Indian journal of veterinary science and animal husbandry - Volume 12,
Year: 1942
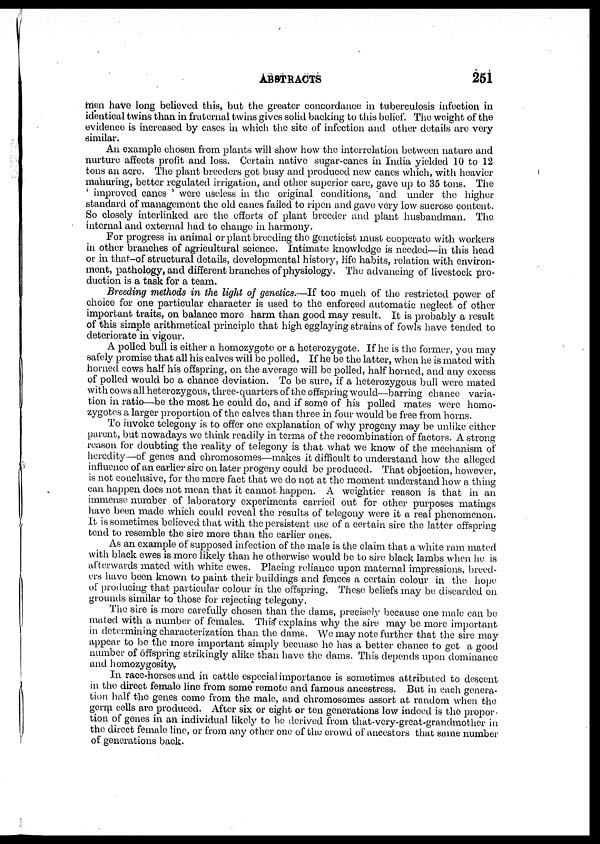
ABSTRACTS
251
men have long believed this, but the greater concordance in tuberculosis infection in
identical twins than in fraternal twins gives solid backing to this belief. The weight of the
evidence is increased by cases in which the site of infection and other details are very
similar.
An example chosen from plants will show how the interrelation between nature and
nurture affects profit and loss. Certain native sugar-canes in India yielded 10 to 12
tons an acre. The plant breeders got busy and produced new canes which, with heavier
manuring, better regulated irrigation, and other superior care, gave up to 35 tons. The
' improved canes ' were useless in the original conditions, and under the higher
standard of management the old canes failed to ripen and gave very low sucrose content.
So closely interlinked are the efforts of plant breeder and plant husbandman. The
internal and external had to change in harmony.
For progress in animal or plant breeding the geneticist must cooperate with workers
in other branches of agricultural science. Intimate knowledge is needed—in this head
or in that-of structural details, developmental history, life habits, relation with environ-
ment, pathology, and different branches of physiology. The advancing of livestock pro-
duction is a task for a team.
Breeding methods in the light of genetics.—If too much of the restricted power of
choice for one particular character is used to the enforced automatic neglect of other
important traits, on balance more harm than good may result. It is probably a result
of this simple arithmetical principle that high egglaying strains of fowls have tended to
deteriorate in vigour.
A polled bull is either a homozygote or a heterozygote. If he is the former, you may
safely promise that all his calves will be polled. If he be the latter, when he is mated with
horned cows half his offspring, on the average will be polled, half horned, and any excess
of polled would be a chance deviation. To be sure, if a heterozygous bull were mated
with cows all heterozygous, three-quarters of the offspring would—barring chance varia-
tion in ratio—be the most he could do, and if some of his polled mates were homo¬
zygotes a larger proportion of the calves than three in four would be free from horns.
To invoke telegony is to offer one explanation of why progeny may be unlike either
parent, but nowadays we think readily in terms of the recombination of factors. A strong
reason for doubting the reality of telegony is that what we know of the mechanism of
heredity—of genes and chromosomes—makes it difficult to understand how the alleged
influence of an earlier sire on later progeny could be produced. That objection, however,
is not conclusive, for the mere fact that we do not at the moment understand how a thing
can happen does not mean that it cannot happen. A weightier reason is that in an
immense number of laboratory experiments carried out for other purposes matings
have been made which could reveal the results of telegony were it a real phenomenon.
It is sometimes believed that with the persistent use of a certain sire the latter offspring
tend to resemble the sire more than the earlier ones.
As an example of supposed infection of the male is the claim that a white ram mated
with black ewes is more likely than he otherwise would be to sire black lambs when he is
afterwards mated with white ewes. Placing reliance upon maternal impressions, breed-
ers have been known to paint their buildings and fences a certain colour in the hope
of producing that particular colour in the offspring. These beliefs may be discarded on
grounds similar to those for rejecting telegony.
The sire is more carefully chosen than the dams, precisely because one male can be
mated with a number of females. This explains why the sire may be more important
in determining characterization than the dams. We may note further that the sire may
appear to be the more important simply becuase he has a better chance to get a good
number of offspring strikingly alike than have the dams. This depends upon dominance
and homozygosity.
In race-horses and in cattle especial importance is sometimes attributed to descent
in the direct female line from some remote and famous ancestress. But in each genera-
tion half the genes come from the male, and chromosomes assort at random when the
germ cells are produced. After six or eight or ten generations low indeed is the propor
tion of genes in an individual likely to be derived from that-very-great-grandmother in
the direct female line, or from any other one of the crowd of ancestors that same number
of generations back.